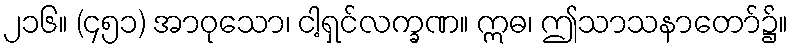
၂၁၆။ (၄၅၁) အာဝုသော၊ ငါ့ရှင်လက္ခဏ။ ဣဓ၊ ဤသာသနာတော်၌။